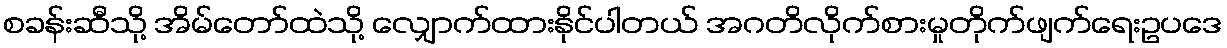
စခန်းဆီသို့ အိမ်တော်ထဲသို့ လျှောက်ထားနိုင်ပါတယ် အဂတိလိုက်စားမှုတိုက်ဖျက်ရေးဥပဒေ